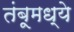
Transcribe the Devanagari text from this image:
तंबूमध्ये